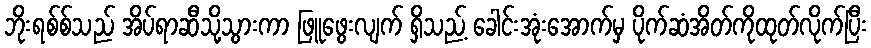
ဘိုးရစ်စ်သည် အိပ်ရာဆီသို့သွားကာ ဖြူဖွေးလျက် ရှိသည့် ခေါင်းအုံးအောက်မှ ပိုက်ဆံအိတ်ကိုထုတ်လိုက်ပြီး